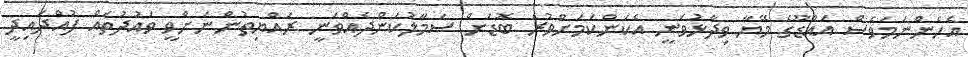
އެހެންނަމަވެސް އައްޑޫގެ މޭޔާ ވިދާޅުވަނީ އެކަންކަމަށްވުރެ ބޮޑަށް ސަމާލުކަންދެއްވަނީ ރައްޔިތުންނަށްވީ ވައުދުތައް ފުއްދައިދީ